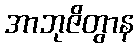
အာဘုဇိတွာန